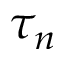
\tau _ { n }